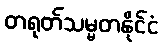
တရုတ်သမ္မတနိုင်ငံ